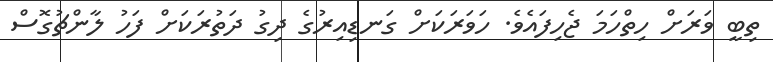
ތިބީ ވަރަށް ހިތްހަމަ ޖެހިފައެވެ. ހަވަރަކަށް ގަނޑިއިރުގެ ދިގު ދަތުރަކަށް ފަހު ލާންޗުގޮސް